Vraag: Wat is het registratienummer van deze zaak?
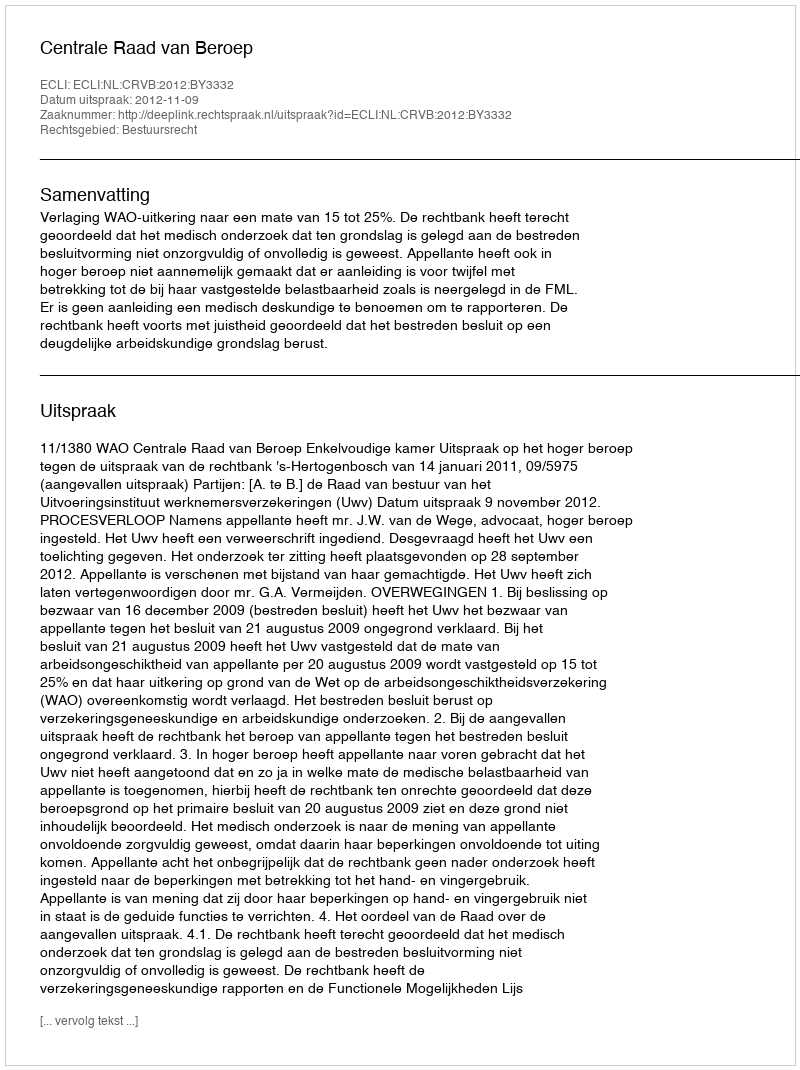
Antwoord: http://deeplink.rechtspraak.nl/uitspraak?id=ECLI:NL:CRVB:2012:BY3332